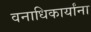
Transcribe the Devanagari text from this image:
वनाधिकार्यांना